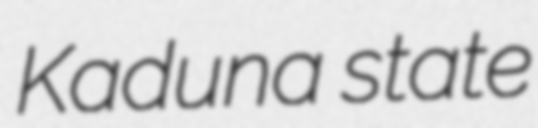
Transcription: Kaduna state